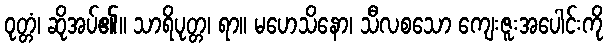
ဝုတ္တံ၊ ဆိုအပ်၏။ သာရိပုတ္တ၊ ရာ။ မဟေသိနော၊ သီလစသော ကျေးဇူးအပေါင်းကို